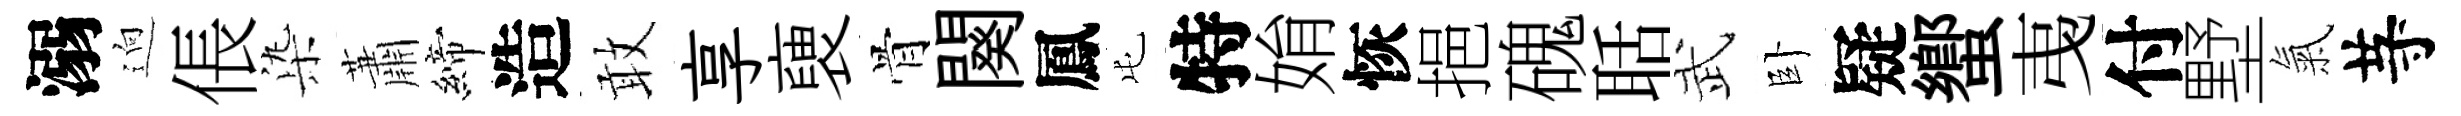
溺逈倀𣑱蕭締造敢享褏骨闋鳳屯特姢恢挹磈聒武卧疑蠁𢎯付墅氣䒭